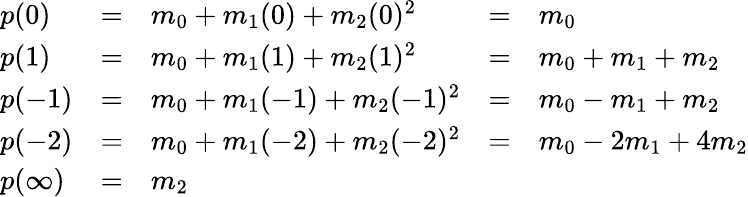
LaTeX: {\begin{array}{lrlrl}{p(0)}&{=}&{m_{0}+m_{1}(0)+m_{2}(0)^{2}}&{=}&{m_{0}}\\ {p(1)}&{=}&{m_{0}+m_{1}(1)+m_{2}(1)^{2}}&{=}&{m_{0}+m_{1}+m_{2}}\\ {p(-1)}&{=}&{m_{0}+m_{1}(-1)+m_{2}(-1)^{2}}&{=}&{m_{0}-m_{1}+m_{2}}\\ {p(-2)}&{=}&{m_{0}+m_{1}(-2)+m_{2}(-2)^{2}}&{=}&{m_{0}-2m_{1}+4m_{2}}\\ {p(\infty)}&{=}&{m_{2}}&&\end{array}}